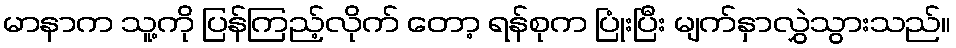
မာနာက သူ့ကို ပြန်ကြည့်လိုက် တော့ ရန်စုက ပြုံးပြီး မျက်နှာလွှဲသွားသည်။